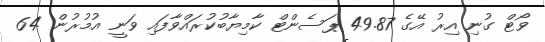
ވޯޓް ގުނި އިރު އޭގެ 49.87 ޕަސެންޓް ކާމިޔާބުކުރައްވާފައި ވަނީ އުމުރުން 64